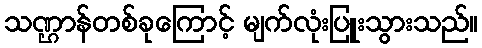
သဏ္ဌာန်တစ်ခုကြောင့် မျက်လုံးပြူးသွားသည်။